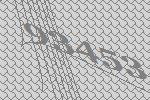
93453